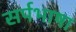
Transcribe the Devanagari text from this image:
सर्पभाषा